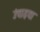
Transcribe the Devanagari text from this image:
उंचाइया